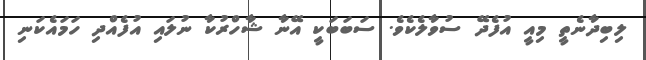
ލިބިދާނެތީ މިއީ އުފެދޭ ސުވާލެކެވެ. ސަބަބަކީ އޭނާ ޝާހްރުކާ ނުލައި އުފެއްދި ހަމައެކަނި